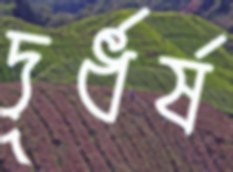
দূর্ধর্ষ